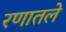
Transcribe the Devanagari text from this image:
रणातले